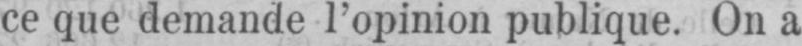
ce que demande l’opinion publique. On a